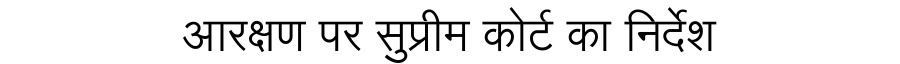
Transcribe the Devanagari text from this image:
आरक्षण पर सुप्रीम कोर्ट का निर्देश